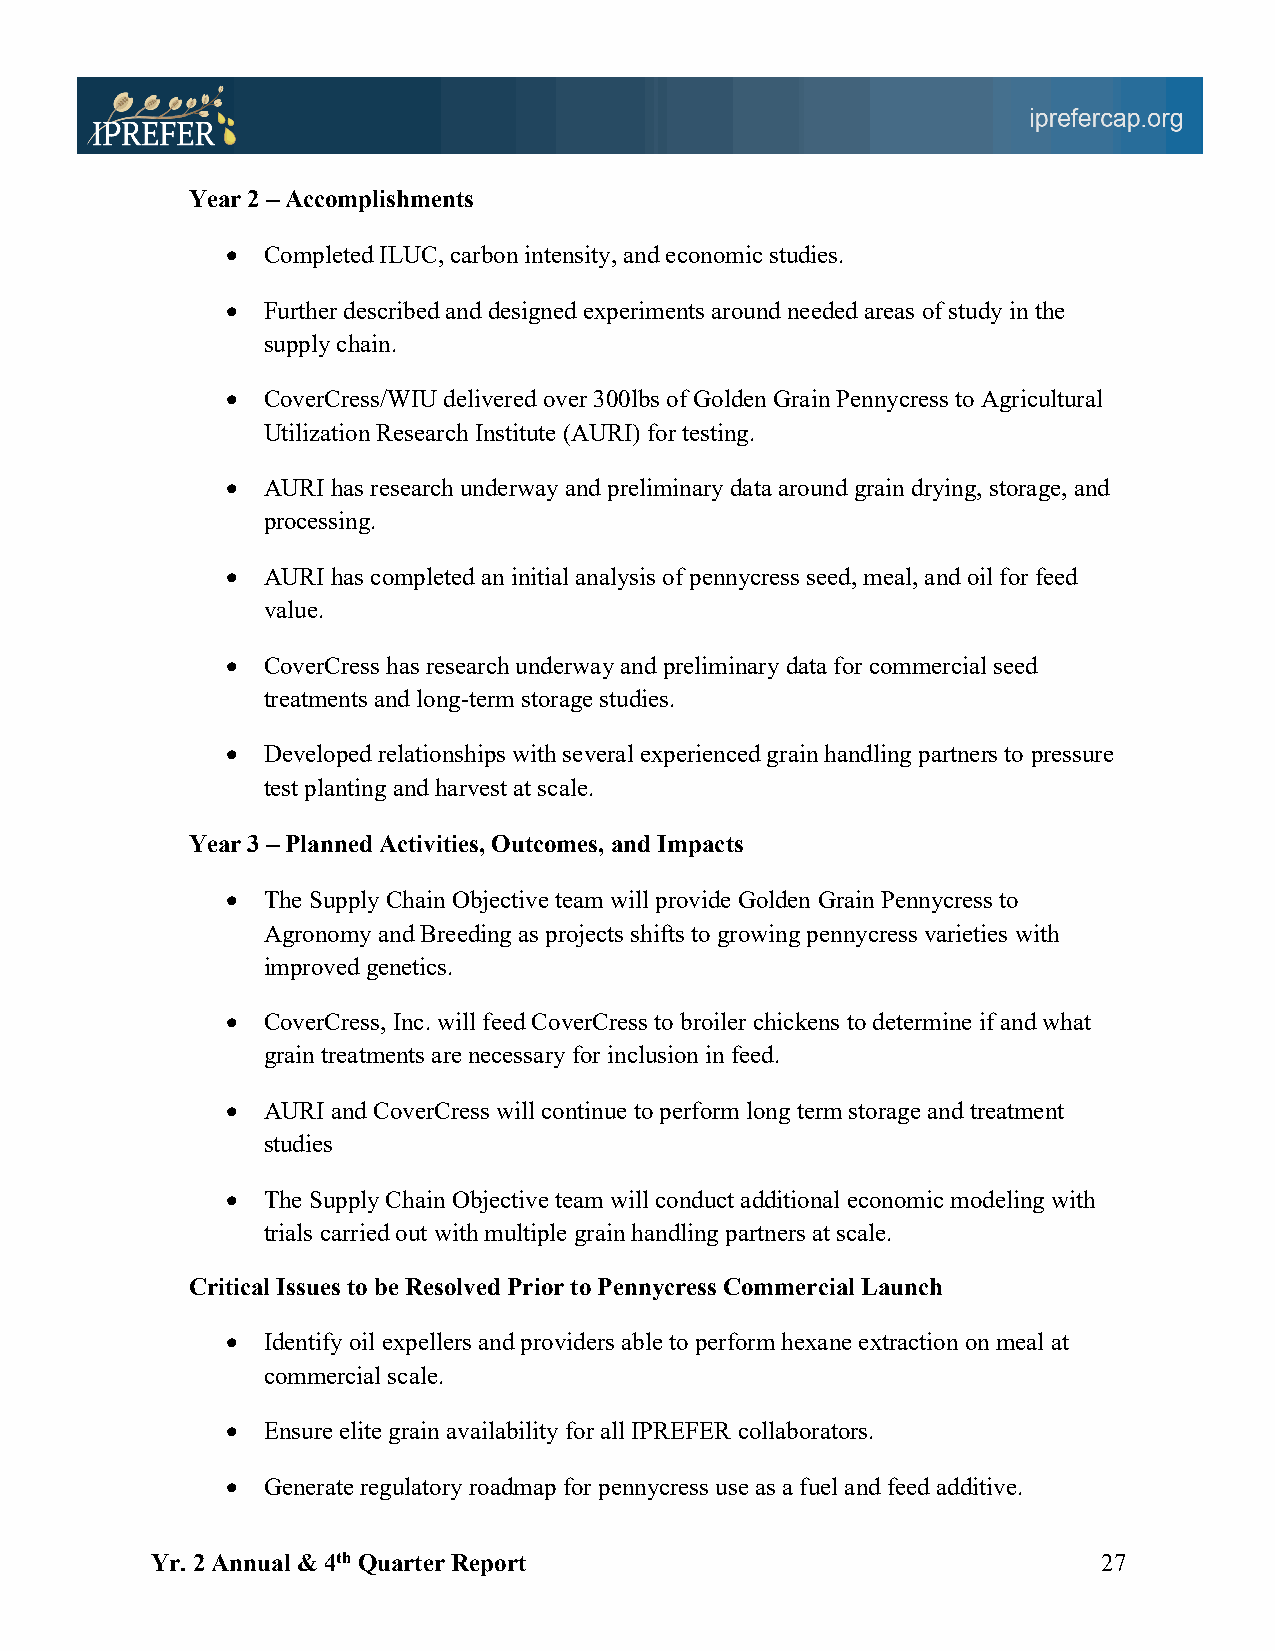
Year 2 – Accomplishments
 • Completed ILUC, carbon intensity, and economic studies.
 • Further described and designed experiments around needed areas of study in the
 supply chain.
 • CoverCress/WIU delivered over 300lbs of Golden Grain Pennycress to Agricultural
 Utilization Research Institute (AURI) for testing.
 • AURI has research underway and preliminary data around grain drying, storage, and
 processing.
 • AURI has completed an initial analysis of pennycress seed, meal, and oil for feed
 value.
 • CoverCress has research underway and preliminary data for commercial seed
 treatments and long-term storage studies.
 • Developed relationships with several experienced grain handling partners to pressure
 test planting and harvest at scale.
 Year 3 – Planned Activities, Outcomes, and Impacts
 • The Supply Chain Objective team will provide Golden Grain Pennycress to
 Agronomy and Breeding as projects shifts to growing pennycress varieties with
 improved genetics.
 • CoverCress, Inc. will feed CoverCress to broiler chickens to determine if and what
 grain treatments are necessary for inclusion in feed.
 • AURI and CoverCress will continue to perform long term storage and treatment
 studies
 • The Supply Chain Objective team will conduct additional economic modeling with
 trials carried out with multiple grain handling partners at scale.
 Critical Issues to be Resolved Prior to Pennycress Commercial Launch
 • Identify oil expellers and providers able to perform hexane extraction on meal at
 commercial scale.
 • Ensure elite grain availability for all IPREFER collaborators.
 • Generate regulatory roadmap for pennycress use as a fuel and feed additive.
 Yr. 2 Annual & 4th Quarter Report                              27